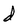
Character: d